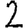
Digit: 2